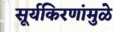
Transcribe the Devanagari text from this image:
सूर्यकिरणांमुळे